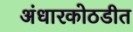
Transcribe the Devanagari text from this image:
अंधारकोठडीत